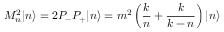
M _ { n } ^ { 2 } | n \rangle = 2 P _ { - } P _ { + } | n \rangle = { m ^ { 2 } } \left( { \frac { k } { n } } + { \frac { k } { k - n } } \right) | n \rangle